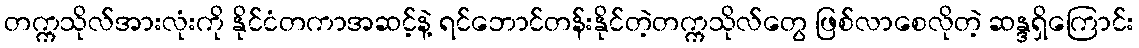
တက္ကသိုလ်အားလုံးကို နိုင်ငံတကာအဆင့်နဲ့ ရင်ဘောင်တန်းနိုင်တဲ့တက္ကသိုလ်တွေ ဖြစ်လာစေလိုတဲ့ ဆန္ဒရှိကြောင်း